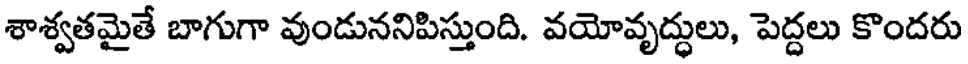
శాశ్వతమైతే బాగుగా వుండుననిపిస్తుంది. వయోవృద్ధులు, పెద్దలు కొందరు